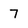
Character: 7